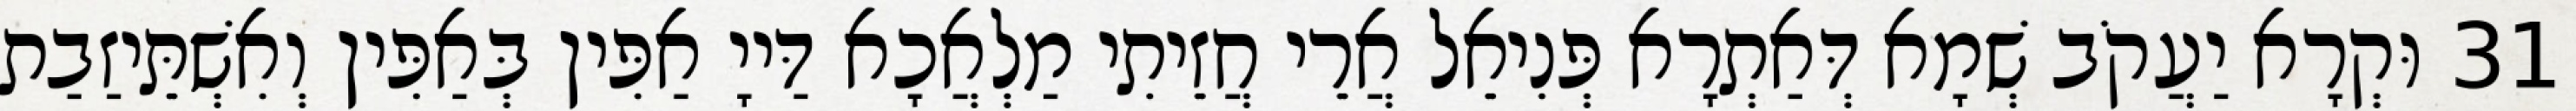
31 וּקְרָא יַעֲקֹב שְׁמָא דְּאַתְרָא פְּנִיאֵל אֲרֵי חֲזֵיתִי מַלְאֲכָא דַּייָ אַפִּין בְּאַפִּין וְאִשְׁתֵּיזַבַת